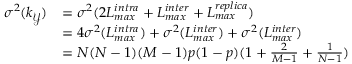
\begin{array} { r l } { \sigma ^ { 2 } ( k _ { \mathcal { Y } } ) } & { = \sigma ^ { 2 } ( 2 L _ { m a x } ^ { i n t r a } + L _ { m a x } ^ { i n t e r } + L _ { m a x } ^ { r e p l i c a } ) } \\ & { = 4 \sigma ^ { 2 } ( L _ { m a x } ^ { i n t r a } ) + \sigma ^ { 2 } ( L _ { m a x } ^ { i n t e r } ) + \sigma ^ { 2 } ( L _ { m a x } ^ { i n t e r } ) } \\ & { = N ( N - 1 ) ( M - 1 ) p ( 1 - p ) ( 1 + \frac { 2 } { M - 1 } + \frac { 1 } { N - 1 } ) } \end{array}